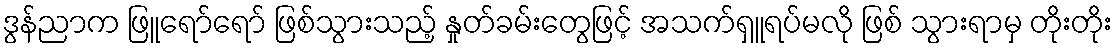
ဒွန်ညာက ဖြူရော်ရော် ဖြစ်သွားသည့် နှုတ်ခမ်းတွေဖြင့် အသက်ရှူရပ်မလို ဖြစ် သွားရာမှ တိုးတိုး